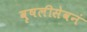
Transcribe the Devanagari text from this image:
वृषलीसेवनं